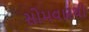
સોમવારથી